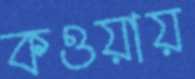
কওয়ায়